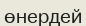
өнердей